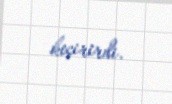
keçirirdi.